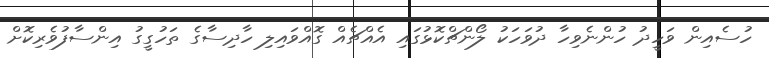
ހުސެއިން ވަހީދު ހުންނެވިހާ ދުވަހަކު ލޯންޗްކޮޅުގައި އެއްޗެއް ގޮއްވައިލި ހާދިސާގެ ތަހުގީގު އިންސާފުވެރިކޮށް